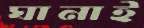
ঘানাই